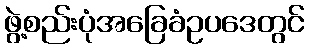
ဖွဲ့စည်းပုံအခြေခံဥပဒေတွင်